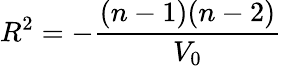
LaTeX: R^{2}=-\frac{(n-1)(n-2)}{V_{0}}